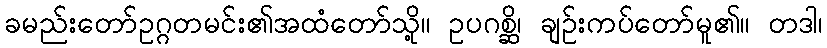
ခမည်းတော်ဥဂ္ဂတမင်း၏အထံတော်သို့။ ဥပဂစ္ဆိ၊ ချဉ်းကပ်တော်မူ၏။ တဒါ၊